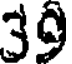
39